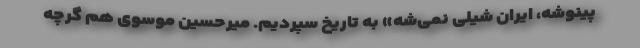
پینوشه، ایران شیلی نمی‌شه» به تاریخ سپردیم. میرحسین موسوی هم گرچه